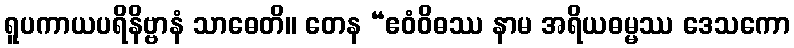
ရူပကာယပရိနိဗ္ဗာနံ သာဓေတိ။ တေန “ဧဝံဝိဓဿ နာမ အရိယဓမ္မဿ ဒေသကော